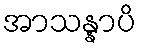
အာသန္နာပိ